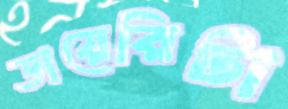
ডায়েরিটা